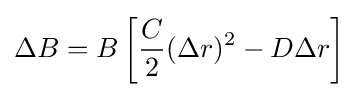
\Delta B=B\left[{\frac {C}{2}}(\Delta r)^{2}-D\Delta r\right]